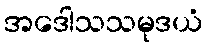
အဒေါသသမုဒယံ